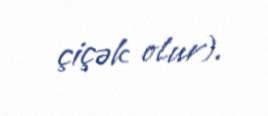
çiçək olur).